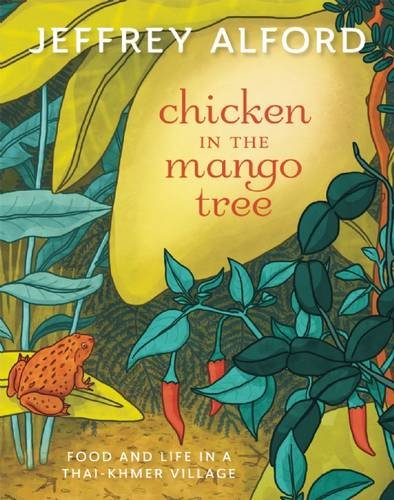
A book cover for Chicken in the Mango Tree: Food and Life in a Thai-Khmer Village; Jeffrey Alford; Cookbooks, Food & Wine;